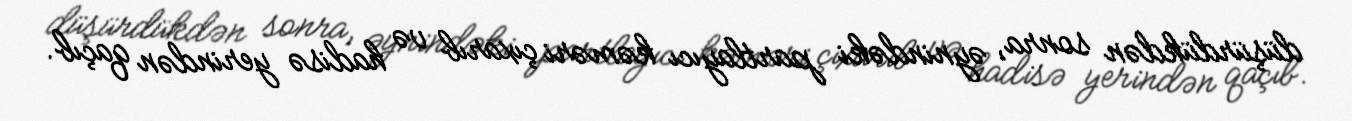
düşürdükdən sonra, əynindəki partlayıcı kəməri çıxarıb və hadisə yerindən qaçıb.